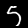
Digit: 5